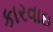
કારવાઇ